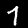
Digit: 7